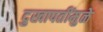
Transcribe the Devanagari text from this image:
दुखापतींमुळे